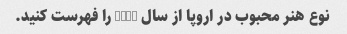
نوع هنر محبوب در اروپا از سال 2000 را فهرست کنید.